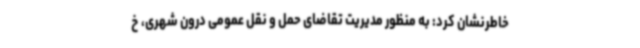
خاطرنشان کرد: به منظور مدیریت تقاضای حمل و نقل عمومی درون شهری، خ